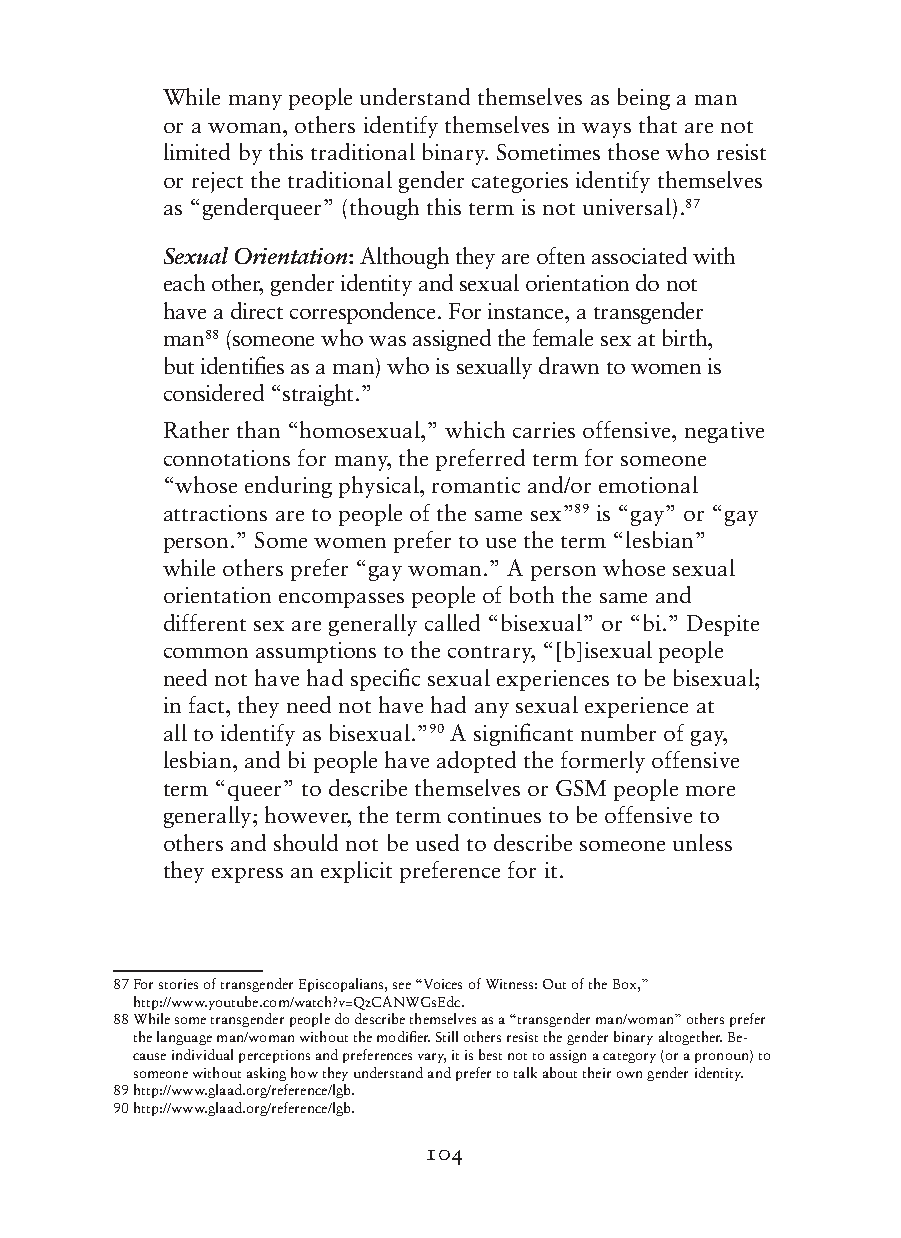
While many people understand themselves as being a man
 or a woman, others identify themselves in ways that are not
 limited by this traditional binary. Sometimes those who resist
 or reject the traditional gender categories identify themselves
 as “genderqueer” (though this term is not universal).87
 Sexual Orientation: Although they are often associated with
 each other, gender identity and sexual orientation do not
 have a direct correspondence. For instance, a transgender
 man88 (someone who was assigned the female sex at birth,
 but identifies as a man) who is sexually drawn to women is
 considered “straight.”
 Rather than “homosexual,” which carries offensive, negative
 connotations for many, the preferred term for someone
 “whose enduring physical, romantic and/or emotional
 attractions are to people of the same sex”89 is “gay” or “gay
 person.” Some women prefer to use the term “lesbian”
 while others prefer “gay woman.” A person whose sexual
 orientation encompasses people of both the same and
 different sex are generally called “bisexual” or “bi.” Despite
 common assumptions to the contrary, “[b]isexual people
 need not have had specific sexual experiences to be bisexual;
 in fact, they need not have had any sexual experience at
 all to identify as bisexual.”90 A significant number of gay,
 lesbian, and bi people have adopted the formerly offensive
 term “queer” to describe themselves or GSM people more
 generally; however, the term continues to be offensive to
 others and should not be used to describe someone unless
 they express an explicit preference for it.
 87 F or stories of transgender Episcopalians, see “Voices of Witness: Out of the Box,”
 http://www.youtube.com/watch?v=QzCANWGsEdc.
 88 W hile some transgender people do describe themselves as a “transgender man/woman” others prefer
 the language man/woman without the modifier. Still others resist the gender binary altogether. Be-
 cause individual perceptions and preferences vary, it is best not to assign a category (or a pronoun) to
 someone without asking how they understand and prefer to talk about their own gender identity.
 89 http://www.glaad.org/reference/lgb.
 90 http://www.glaad.org/reference/lgb.
 104